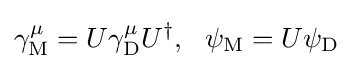
\gamma _{\mathrm {M} }^{\mu }=U\gamma _{\mathrm {D} }^{\mu }U^{\dagger },~~\psi _{\mathrm {M} }=U\psi _{\mathrm {D} }